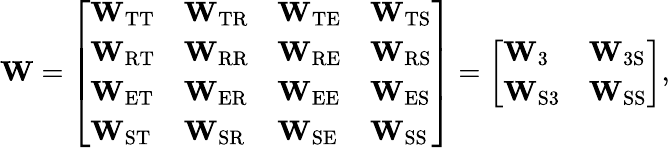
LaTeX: \mathbf{W}=\left[\begin{array}{llll}{\mathbf{W}_{\mathrm{TT}}}&{\mathbf{W}_{\mathrm{TR}}}&{\mathbf{W}_{\mathrm{TE}}}&{\mathbf{W}_{\mathrm{TS}}}\\ {\mathbf{W}_{\mathrm{RT}}}&{\mathbf{W}_{\mathrm{RR}}}&{\mathbf{W}_{\mathrm{RE}}}&{\mathbf{W}_{\mathrm{RS}}}\\ {\mathbf{W}_{\mathrm{ET}}}&{\mathbf{W}_{\mathrm{ER}}}&{\mathbf{W}_{\mathrm{EE}}}&{\mathbf{W}_{\mathrm{ES}}}\\ {\mathbf{W}_{\mathrm{ST}}}&{\mathbf{W}_{\mathrm{SR}}}&{\mathbf{W}_{\mathrm{SE}}}&{\mathbf{W}_{\mathrm{SS}}}\end{array}\right]=\left[\begin{array}{ll}{\mathbf{W}_{3}}&{\mathbf{W}_{\mathrm{3S}}}\\ {\mathbf{W}_{\mathrm{S3}}}&{\mathbf{W}_{\mathrm{SS}}}\end{array}\right],